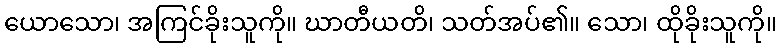
ယောသော၊ အကြင်ခိုးသူကို။ ဃာတီယတိ၊ သတ်အပ်၏။ သော၊ ထိုခိုးသူကို။